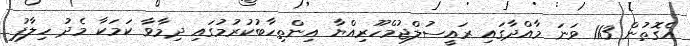
އެގޮތުން 113 ވަނަ މާއްދާގައި ރައީސުލްޖުމްހޫރިއްޔާ އިންތިހާބުކުރުމުގައި ދިމާވާ ކަމަކާ މެދު ހިލާފު